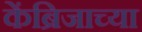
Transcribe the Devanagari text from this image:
केंब्रिजाच्या